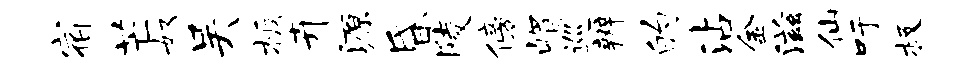
宿芒奴吴板卉源昏陵傍嵋巡辨的沾金滋仙吁极